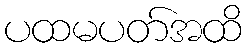
ပထမပတ်အထိ